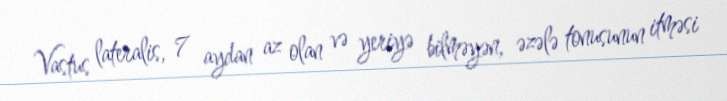
Vastus lateralis, 7 aydan az olan və yeriyə bilməyən, əzələ tonusunun itməsi